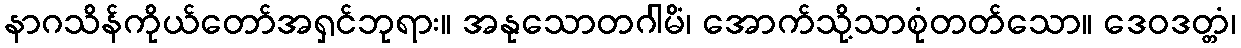
နာဂသိန်ကိုယ်တော်အရှင်ဘုရား။ အနုသောတဂါမိံ၊ အောက်သို့သာစုံတတ်သော။ ဒေဝဒတ္တံ၊